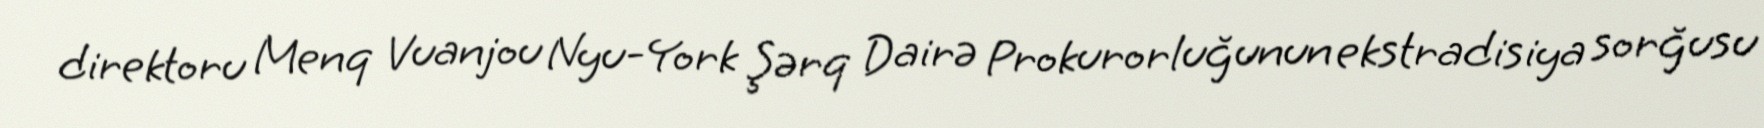
direktoru Menq Vuanjou Nyu-York Şərq Dairə Prokurorluğunun ekstradisiya sorğusu